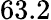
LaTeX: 63.2